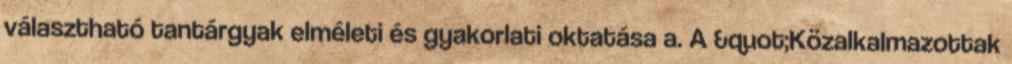
választható tantárgyak elméleti és gyakorlati oktatása a. A &quot;Közalkalmazottak